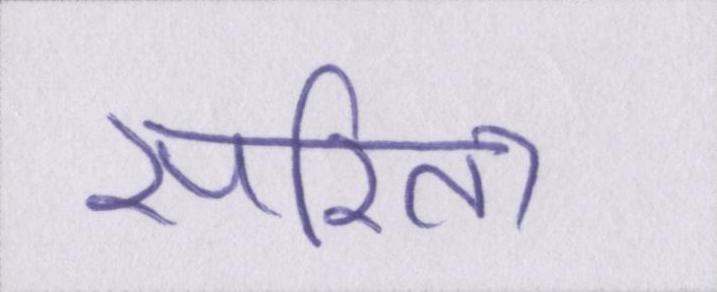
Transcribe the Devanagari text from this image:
सरिता